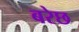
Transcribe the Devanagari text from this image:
बरेछ